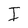
Character: I